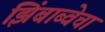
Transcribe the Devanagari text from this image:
झिंबाब्वेचा